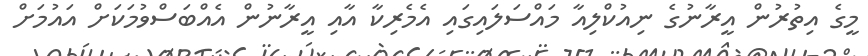
މީގެ އިތުރުން އީރާނުގެ ނިއުކްލިއާ މައްސަލައިގައި އެމެރިކާ އާއި އީރާނުން އެއްބަސްވުމަކަށް އައުމަށް